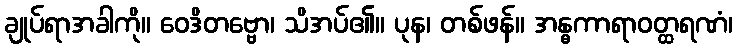
ချုပ်ရာအခါကို။ ဝေဒိတဗ္ဗော၊ သိအပ်၏။ ပုန၊ တစ်ဖန်။ အန္ဓကာရာဝတ္ထရဏံ၊